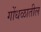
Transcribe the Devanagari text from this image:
गोंधळातील